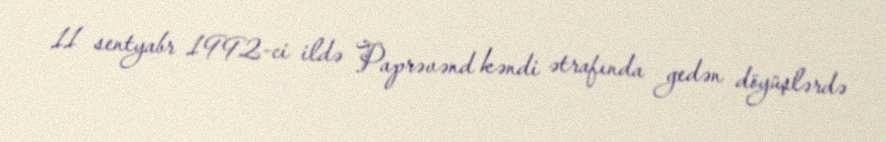
11 sentyabr 1992-ci ildə Paprəvənd kəndi ətrafında gedən döyüşlərdə